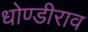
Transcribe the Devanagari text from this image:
धोण्डीराव